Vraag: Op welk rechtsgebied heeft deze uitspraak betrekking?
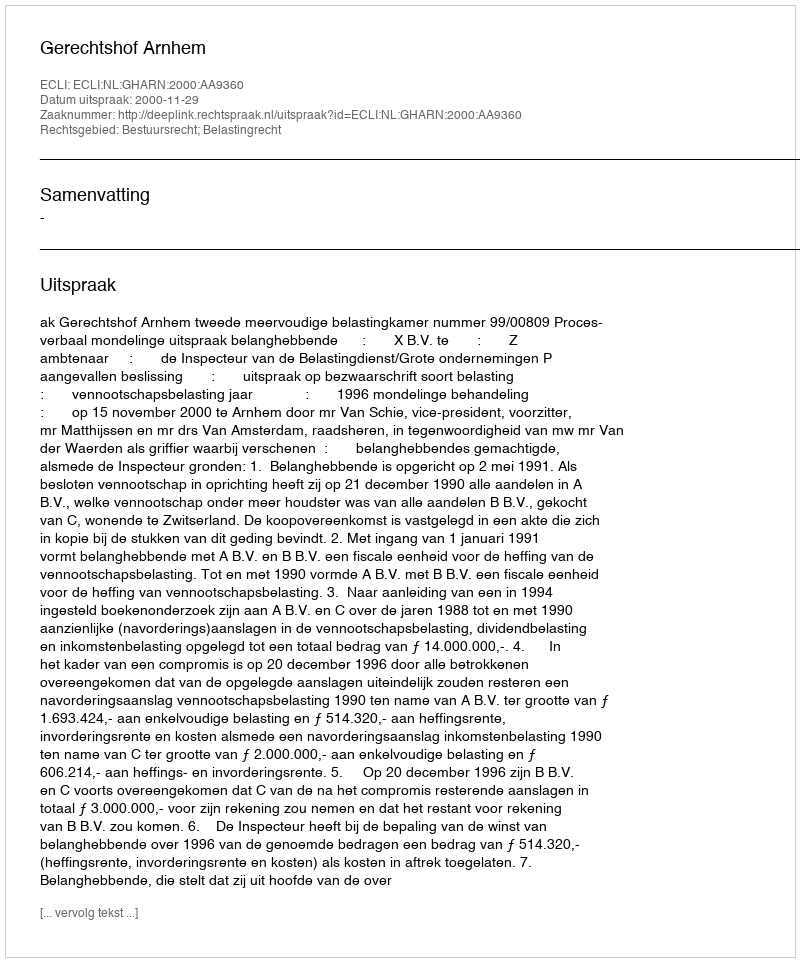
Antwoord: Bestuursrecht; Belastingrecht